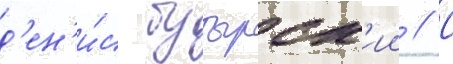
д'ен'и́с бутырск'ии // С